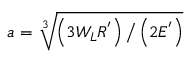
a = \sqrt [ 3 ] { \left( 3 W _ { L } R ^ { ' } \right) \big / \left( 2 E ^ { ' } \right) }